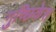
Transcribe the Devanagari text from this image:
गुच्छिकेस